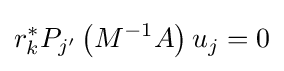
r_{k}^{*}P_{j'}\left(M^{-1}A\right)u_{j}=0